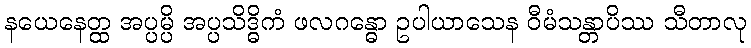
နယေနေတ္ထ အပ္ပမ္ပိ အပ္ပသိဒ္ဓိကံ ဖလဂန္ဓော ဥပါယာသေန ဝီမံသန္တာပိဿ သီတာလု